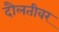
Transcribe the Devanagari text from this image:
दौलतीवर